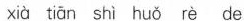
xià tiān shì huǒ rè de